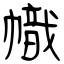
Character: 幟